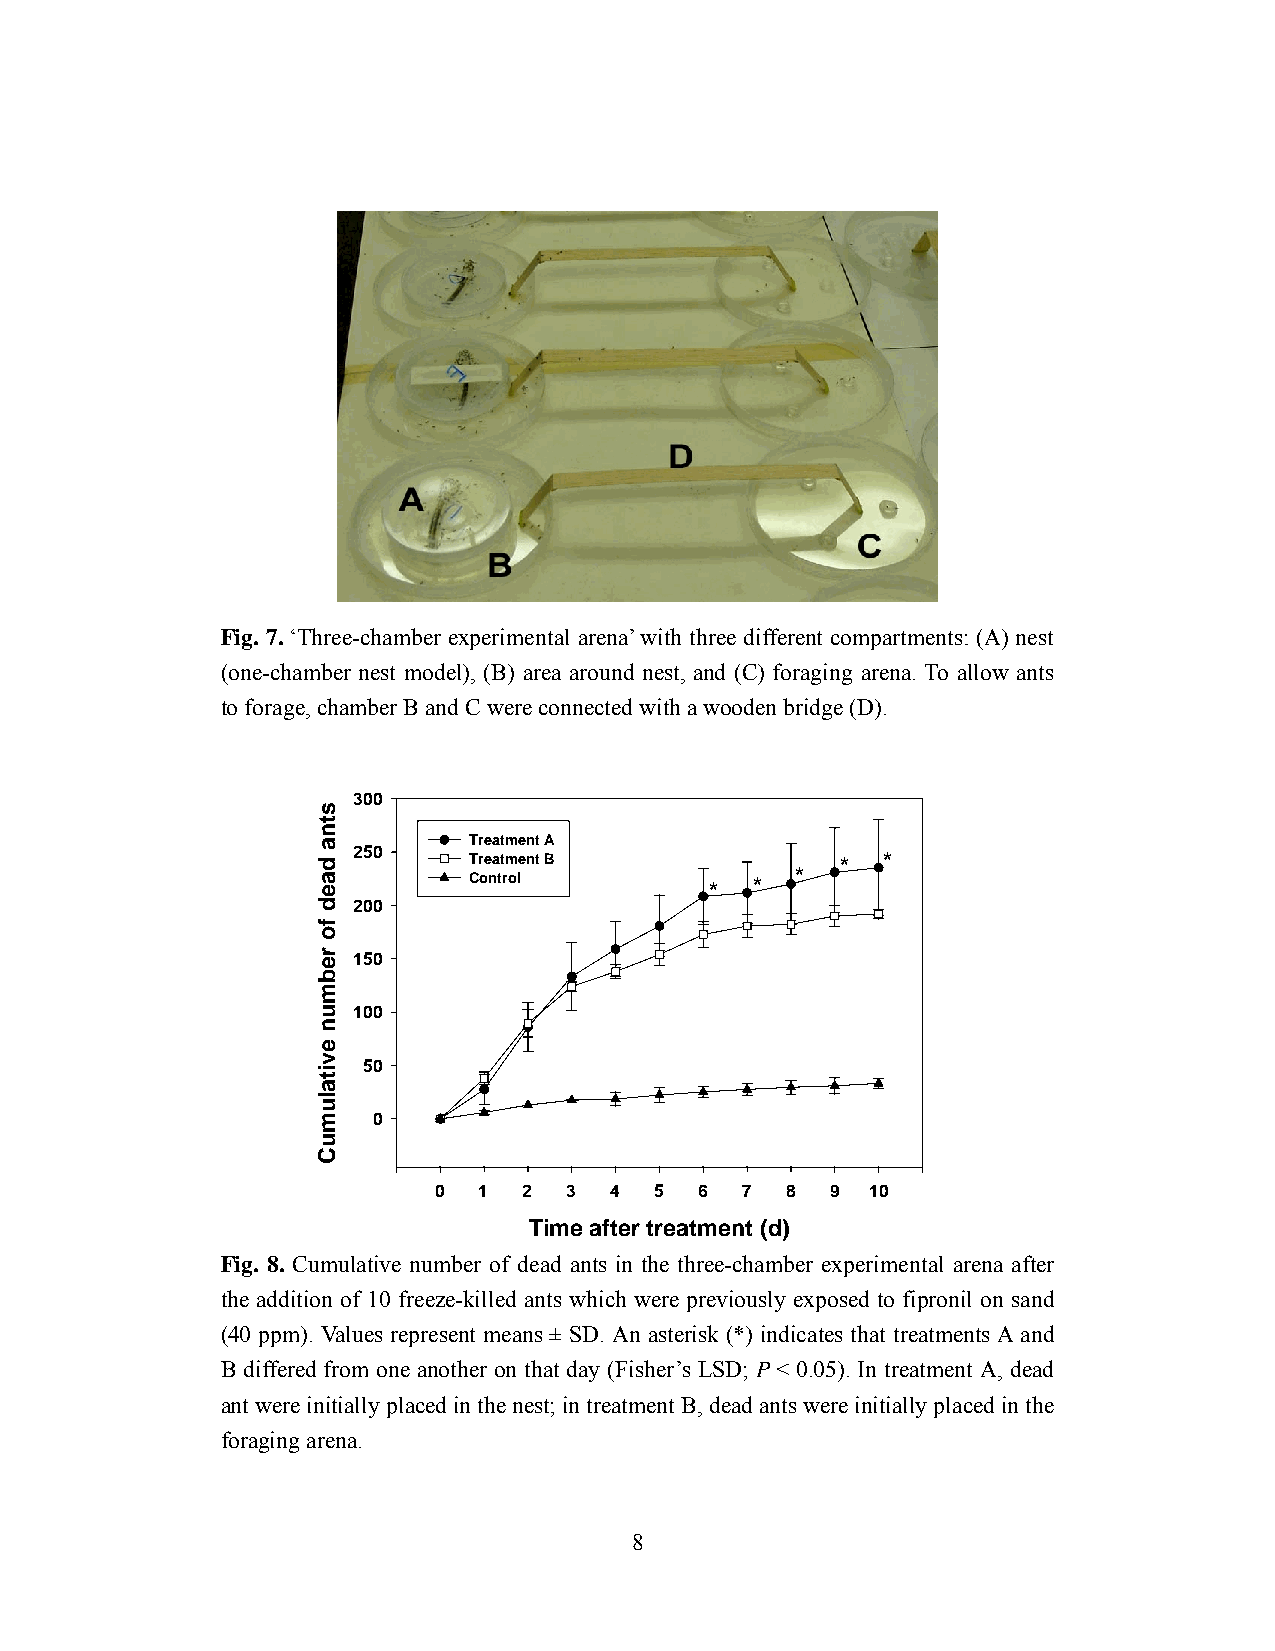
Fig. 7. ‘Three-chamber experimental arena’ with three different compartments: (A) nest
 (one-chamber nest model), (B) area around nest, and (C) foraging arena. To allow ants
 to forage, chamber B and C were connected with a wooden bridge (D).
 300
 Treatment A
 250     Treatment B              * *
 Control         *  *  *
 200
 150
 100
 50
 0
 0  1  2  3 4  5  6  7  8  9  10
 Time after treatment (d)
 Fig. 8. Cumulative number of dead ants in the three-chamber experimental arena after
 the addition of 10 freeze-killed ants which were previously exposed to fipronil on sand
 (40 ppm). Values represent means ± SD. An asterisk (*) indicates that treatments A and
 B differed from one another on that day (Fisher’s LSD; P < 0.05). In treatment A, dead
 ant were initially placed in the nest; in treatment B, dead ants were initially placed in the
 foraging arena.
 8
 stna
 daed
 fo
 rebmun
 evitalumuC